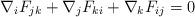
LaTeX: \begin{align*}\nabla_i F_{jk} + \nabla_j F_{ki} + \nabla_{k}F_{ij}=0\end{align*}